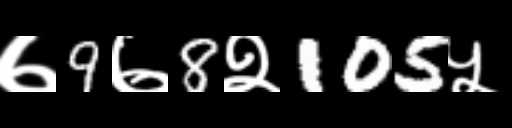
Text: ७9७8२105५